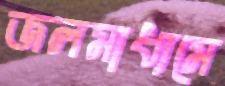
জলমাধ্যমে